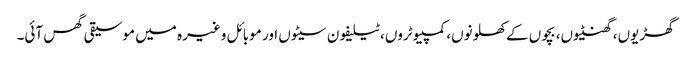
گھڑیوں، گھنٹیوں، بچوں کے کھلونوں، کمپیوٹروں، ٹیلیفون سیٹوں اور موبائل وغیرہ میں موسیقی گھس آئی۔